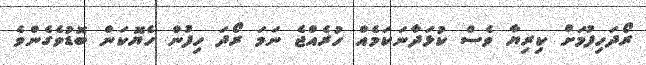
ރޯދަހިފުމަށް ކިރިޔާ ވެސް ކުޅަދާނަކަމެއް ހުރެއްޖެ ނަމަ ރޯދަ ހިފުން ހެޔޮކަން ބޮޑުވެގެންވެ